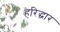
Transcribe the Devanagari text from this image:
हरिद्धार